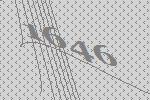
1646